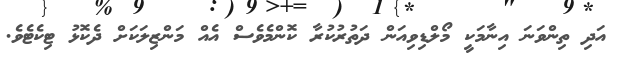
އަދި ތިންވަނަ އިނާމަކީ މޯލްޑިވިއަން ދަތުރުކުރާ ކޮންމެވެސް އެއް މަންޒިލަކަށް ދެކޮޅު ޓިކެޓެވެ.